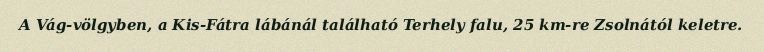
A Vág-völgyben, a Kis-Fátra lábánál található Terhely falu, 25 km-re Zsolnától keletre.